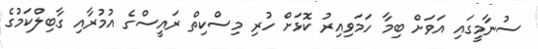
ސުނާމީގައި އަަވަށް ބިމާ ހަމަވިއިރު ކޮޅަށް ހުރި މިސްކިތް ރައީސްގެ އުމުރާއި ގާބިލްކަމުގެ